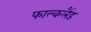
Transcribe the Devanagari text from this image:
फाल्कलैंड